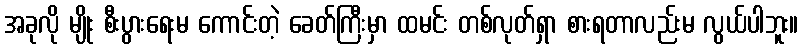
အခုလို မျိုး စီးပွားရေးမ ကောင်းတဲ့ ခေတ်ကြီးမှာ ထမင်း တစ်လုတ်ရှာ စားရတာလည်းမ လွယ်ပါဘူး။